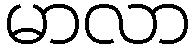
မာလာ